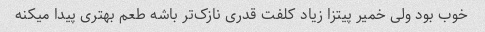
خوب بود ولی خمیر پیتزا زیاد کلفت قدری نازک‌تر باشه طعم بهتری پیدا میکنه